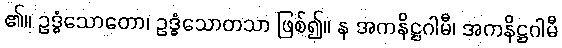
၏။ ဥဒ္ဓံသောတော၊ ဥဒ္ဓံသောတသာ ဖြစ်၍။ န အကနိဋ္ဌဂါမီ၊ အကနိဋ္ဌဂါမီ